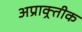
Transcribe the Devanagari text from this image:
अप्राक्र्तीक